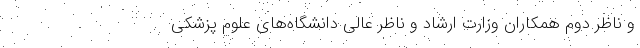
و ناظر دوم همکاران وزارت ارشاد و ناظر عالی دانشگاه‌های علوم پزشکی